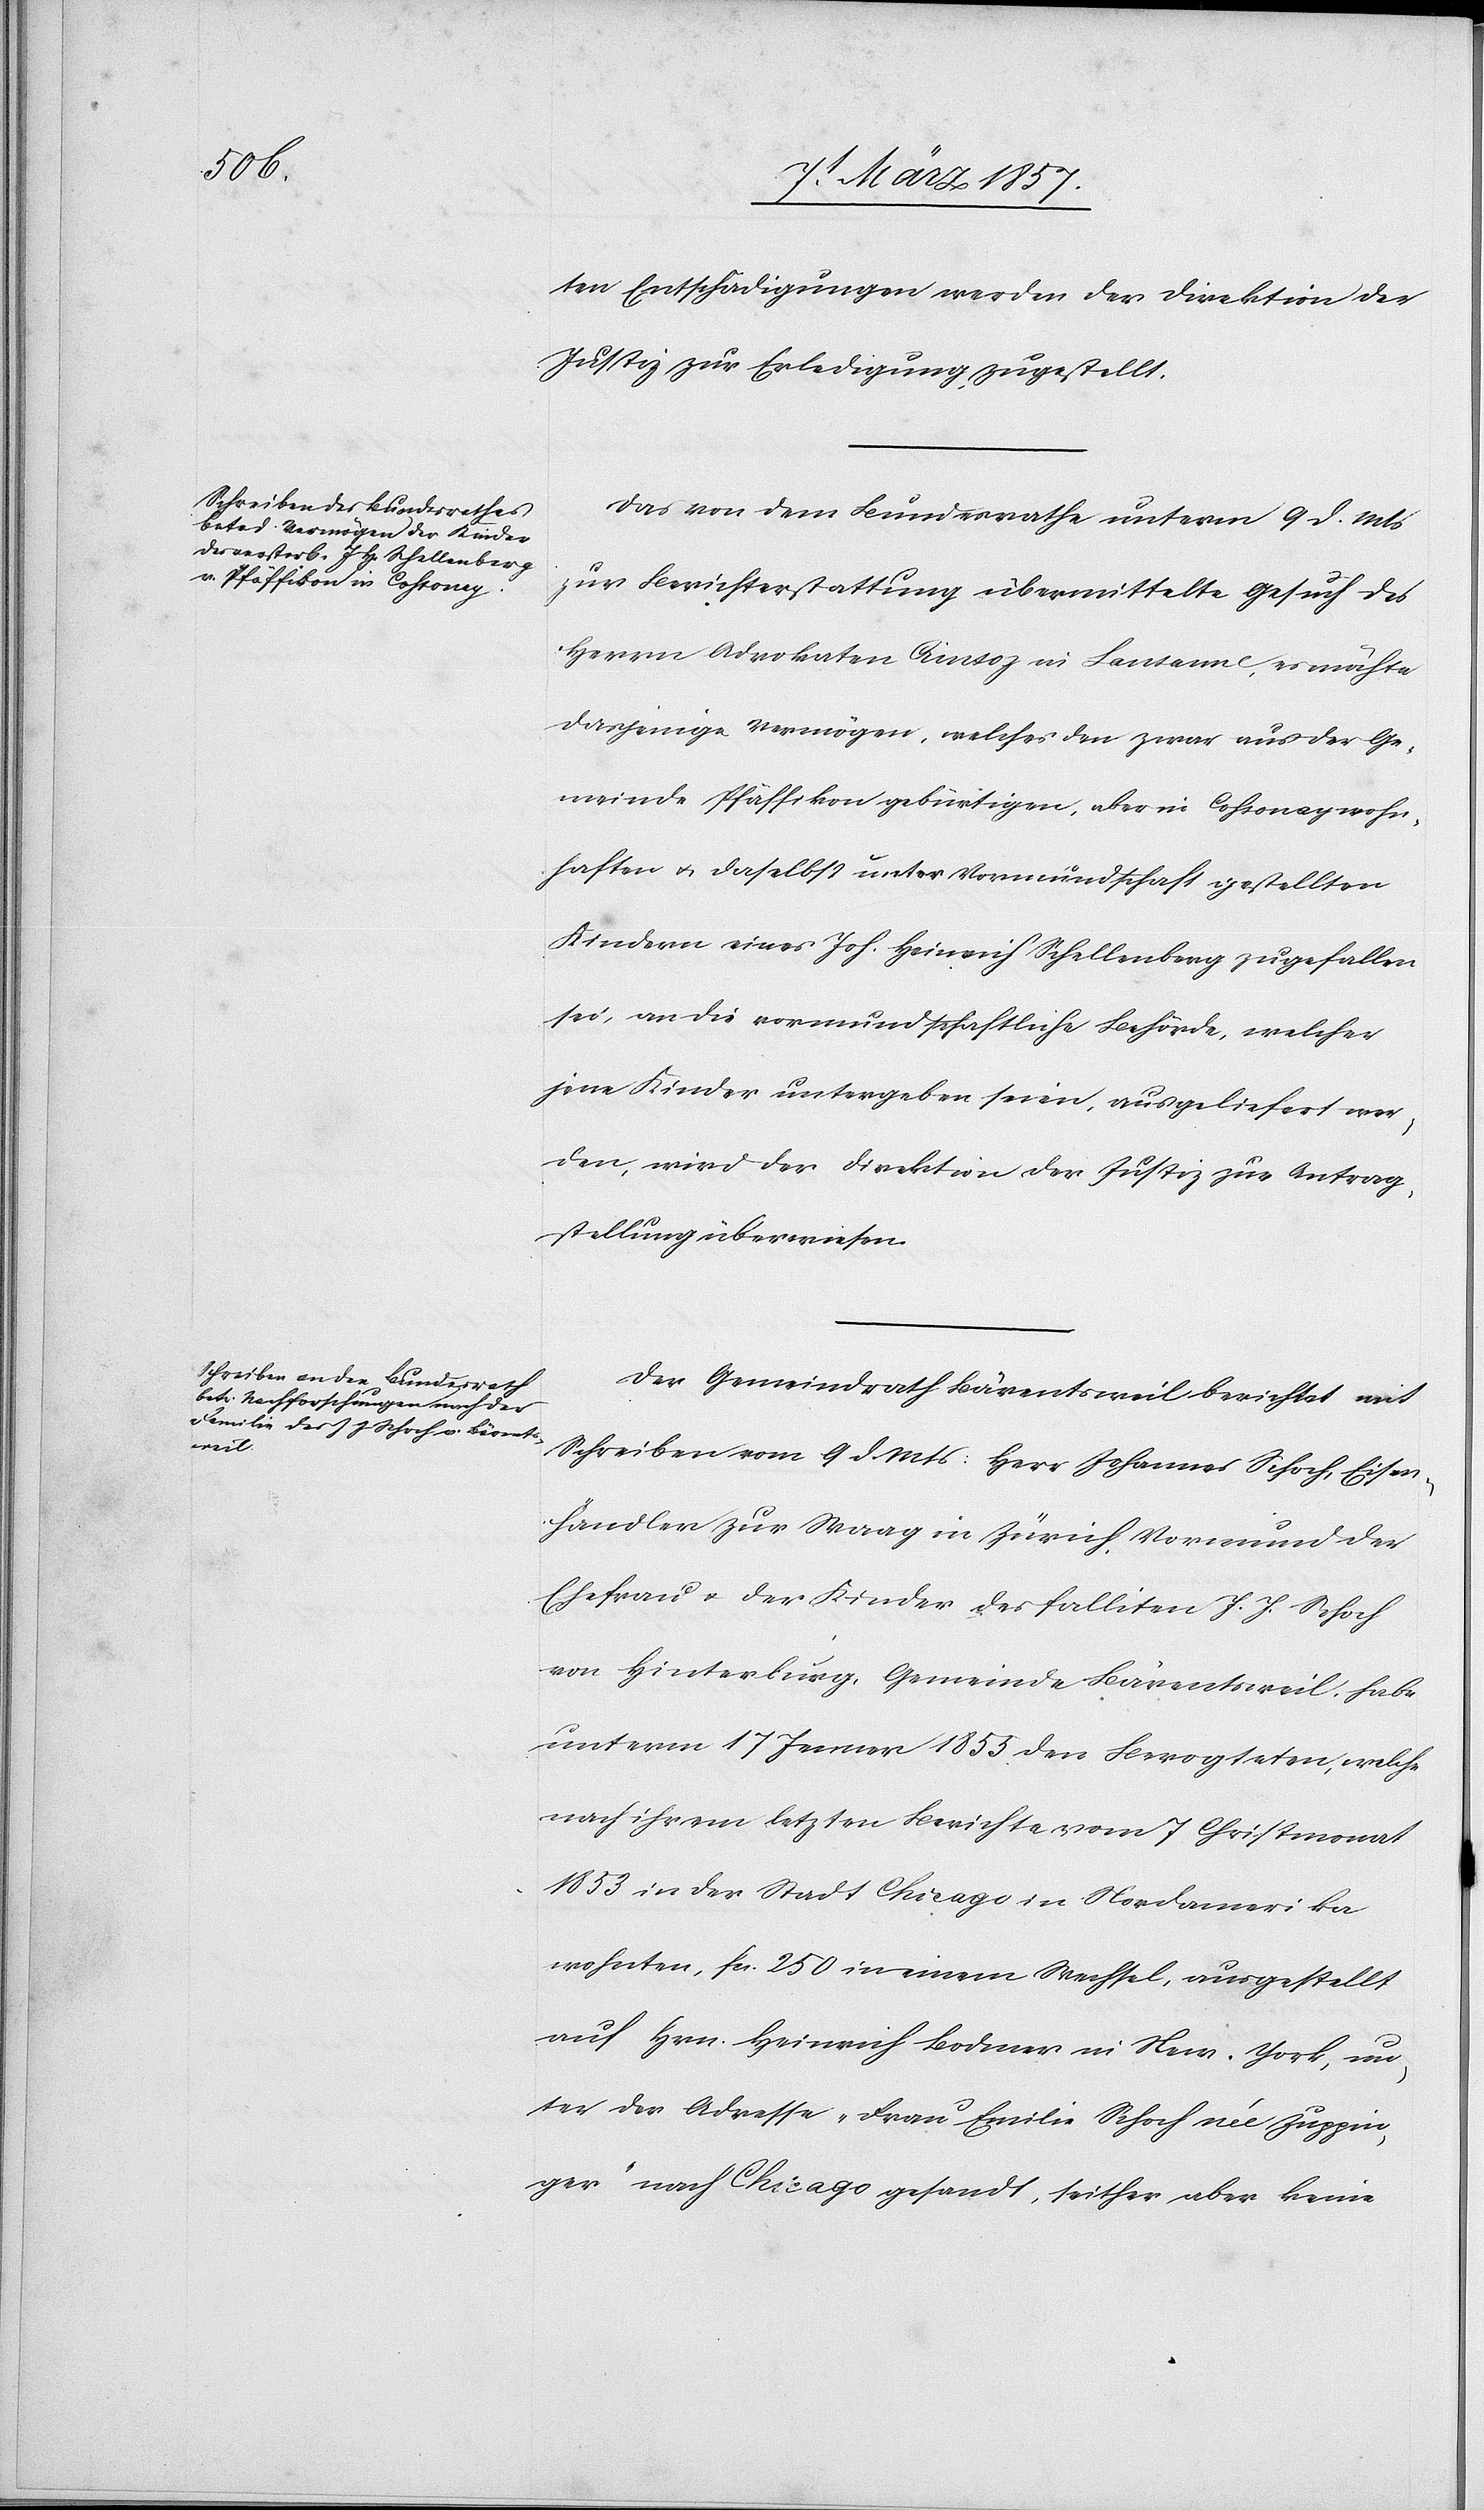
11 März 1857.]
ten Entschädigungen werden der Direktion der
Justiz zur Erledigung zugestellt.
Das von dem Bundesrathe unterm 9 d. Mts
zur Berichterstattung übermittelte Gesuch des
Herrn Advokaten in Lausanne, es möchte
dasjenige Vermögen, welches den zwar aus der Ge¬
meinde Pfäffikon gebürtigen, aber in Cossoney wohn¬
haften u. daselbst unter Vormundschaft gestellten
Kindern eines Joh. Heinrich Schellenberg zugefallen
sei, an die vormundschaftliche Behörde, welcher
jene Kinder untergeben seien, ausgeliefert wer¬
den, wird der Direktion der Justiz zur Antrag¬
stellung überwiesen.
Der Gemeindrath Bärentsweil berichtet mit
Schreiben vom 9 d. Mts: Herr Johannes Schoch, Eisen¬
händler zur Waag in Zürich, Vormund der
Ehefrau u. der Kinder des falliten J. J. Schoch
von Hinterburg, Gemeinde Bärentsweil, habe
unterm 17 Jenner 1853 den Bevogteten, welche
nach ihrem letzten Berichte vom 7 Christmonat
1853 in der Stadt Chicago in Nordamerika
wohnten, fr. 250 in einem Wechsel, ausgestellt
auf Hrn. Heinrich Bodmer in New-York, un¬
ter der Adresse „Frau Emilie Schoch née Zuppin¬
ger“ nach Chicago gesandt, seither aber keine